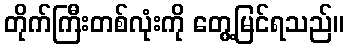
တိုက်ကြီးတစ်လုံးကို တွေ့မြင်ရသည်။